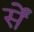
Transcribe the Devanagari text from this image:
र्सें